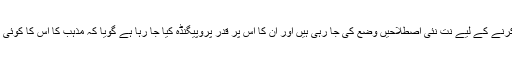
لیکن آج کل کا چلن یہ ہے کہ مذہب کو انسانی زندگی سے بے دخل کرنے کے لیے نت نئی اصطلاحیں وضع کی جا رہی ہیں اور ان کا اس پر قدر پروپیگنڈہ کیا جا رہا ہے گویا کہ مذہب کا اس کا کوئی تعلق نہیں ہے بلکہ یہ سب انسان کے خود ساختہ نظاموں کی دین ہیں۔